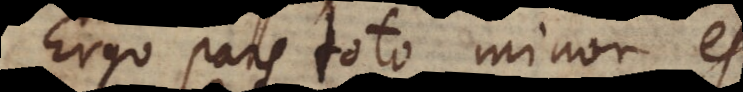
Ergo pars toto minor est.